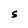
Character: S